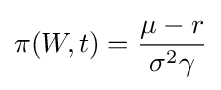
\pi (W,t)={\frac {\mu -r}{\sigma ^{2}\gamma }}